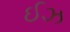
ઈઝ